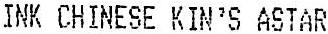
INK CHINESE KIN'S ASTAR